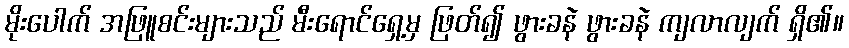
မိုးပေါက် အဖြူစင်းများသည် မီးရောင်ရှေ့မှ ဖြတ်၍ ဖွားခနဲ ဖွားခနဲ ကျလာလျက် ရှိ၏။